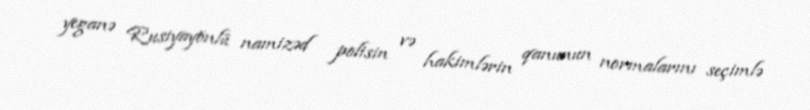
yeganə Rusiyayönlü namizəd polisin və hakimlərin qanunun normalarını seçimlə